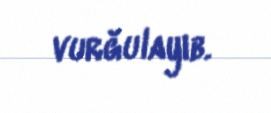
vurğulayıb.